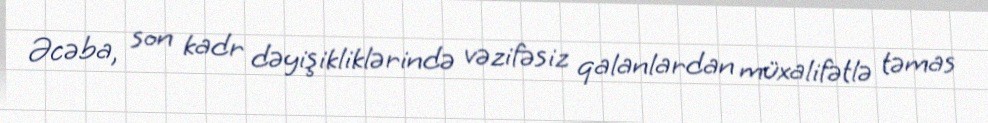
Əcəba, son kadr dəyişikliklərində vəzifəsiz qalanlardan müxalifətlə təmas